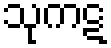
သုကဋ